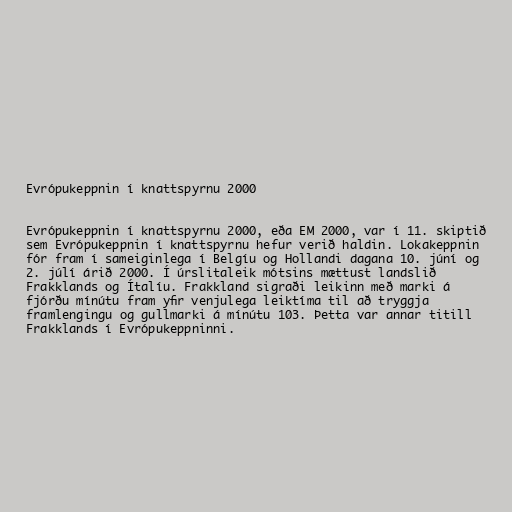
Evrópukeppnin í knattspyrnu 2000

Evrópukeppnin í knattspyrnu 2000, eða EM 2000, var í 11. skiptið
sem Evrópukeppnin í knattspyrnu hefur verið haldin. Lokakeppnin
fór fram í sameiginlega í Belgíu og Hollandi dagana 10. júní og
2. júlí árið 2000. Í úrslitaleik mótsins mættust landslið
Frakklands og Ítalíu. Frakkland sigraði leikinn með marki á
fjórðu mínútu fram yfir venjulega leiktíma til að tryggja
framlengingu og gullmarki á mínútu 103. Þetta var annar titill
Frakklands í Evrópukeppninni.